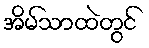
အိမ်သာထဲတွင်